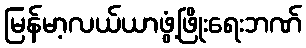
မြန်မာ့လယ်ယာဖွံ့ဖြိုးရေးဘဏ်